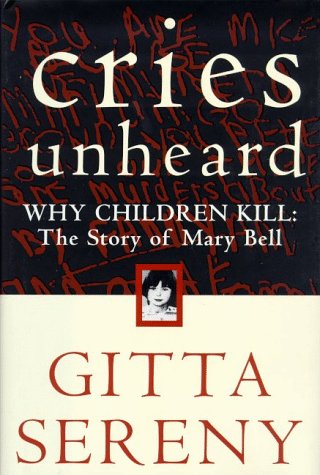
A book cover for Cries Unheard: Why Children Kill: The Story of Mary Bell; Gitta Sereny; Health, Fitness & Dieting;